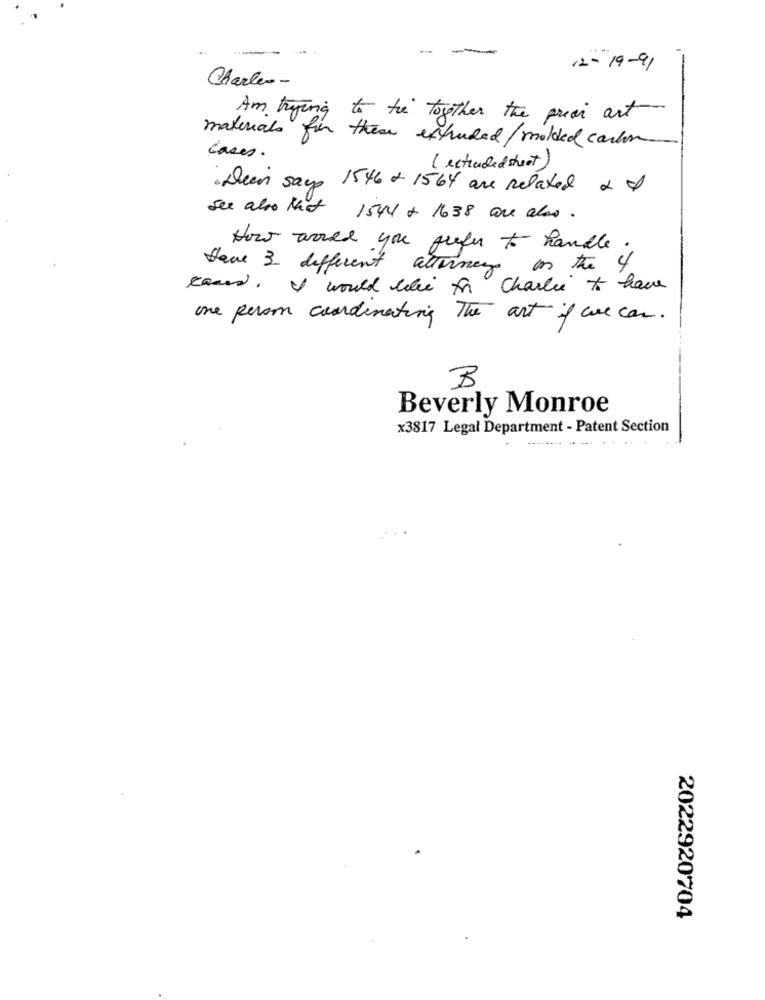
-
12-19-91
Charles -
Am trying to the together the privi art
materials for these extruded/molded carlos
Cases .
( ectraded street)
Deen says 1546 + 1564 are related 2 I
see also that 1544 + 1638 are also.
How would you prefer to handle
Hace 3 different attorney on the 4
Races, I would like to Charlie to have
one person coordinating The art if we can.
B
Beverly Monroe
x3817 Legal Department - Patent Section
2022920704